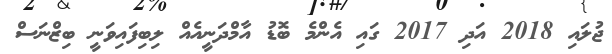
ޖުލައި 2018 އަދި 2017 ގައި އެންމެ ބޮޑު އާމްދަނީއެއް ލިބިފައިވަނީ ބިޒްނަސް